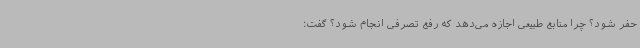
حفر شود؟ چرا منابع طبیعی اجازه می‌دهد که رفع تصرفی انجام شود؟ گفت: